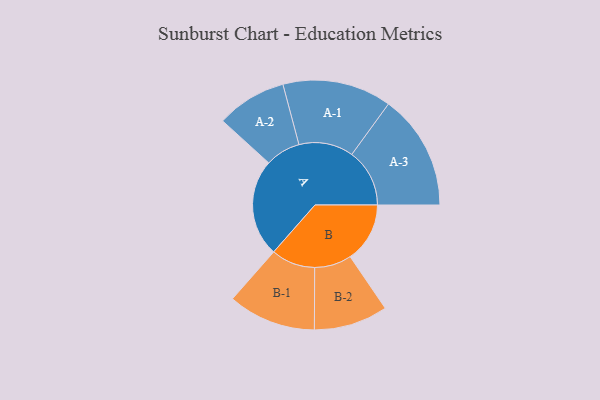
{"axis": {"x": "Segment", "y": "Value"}, "legend": ["", "A", "B"], "data": [{"x": "A", "y": 416, "type": ""}, {"x": "B", "y": 255, "type": ""}, {"x": "A-1", "y": 233, "type": "A"}, {"x": "A-2", "y": 150, "type": "A"}, {"x": "A-3", "y": 247, "type": "A"}, {"x": "B-1", "y": 188, "type": "B"}, {"x": "B-2", "y": 158, "type": "B"}]}